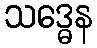
သဒ္ဓေန